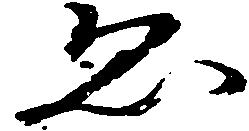
ゑ